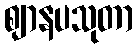
ဈာနပသုတာ